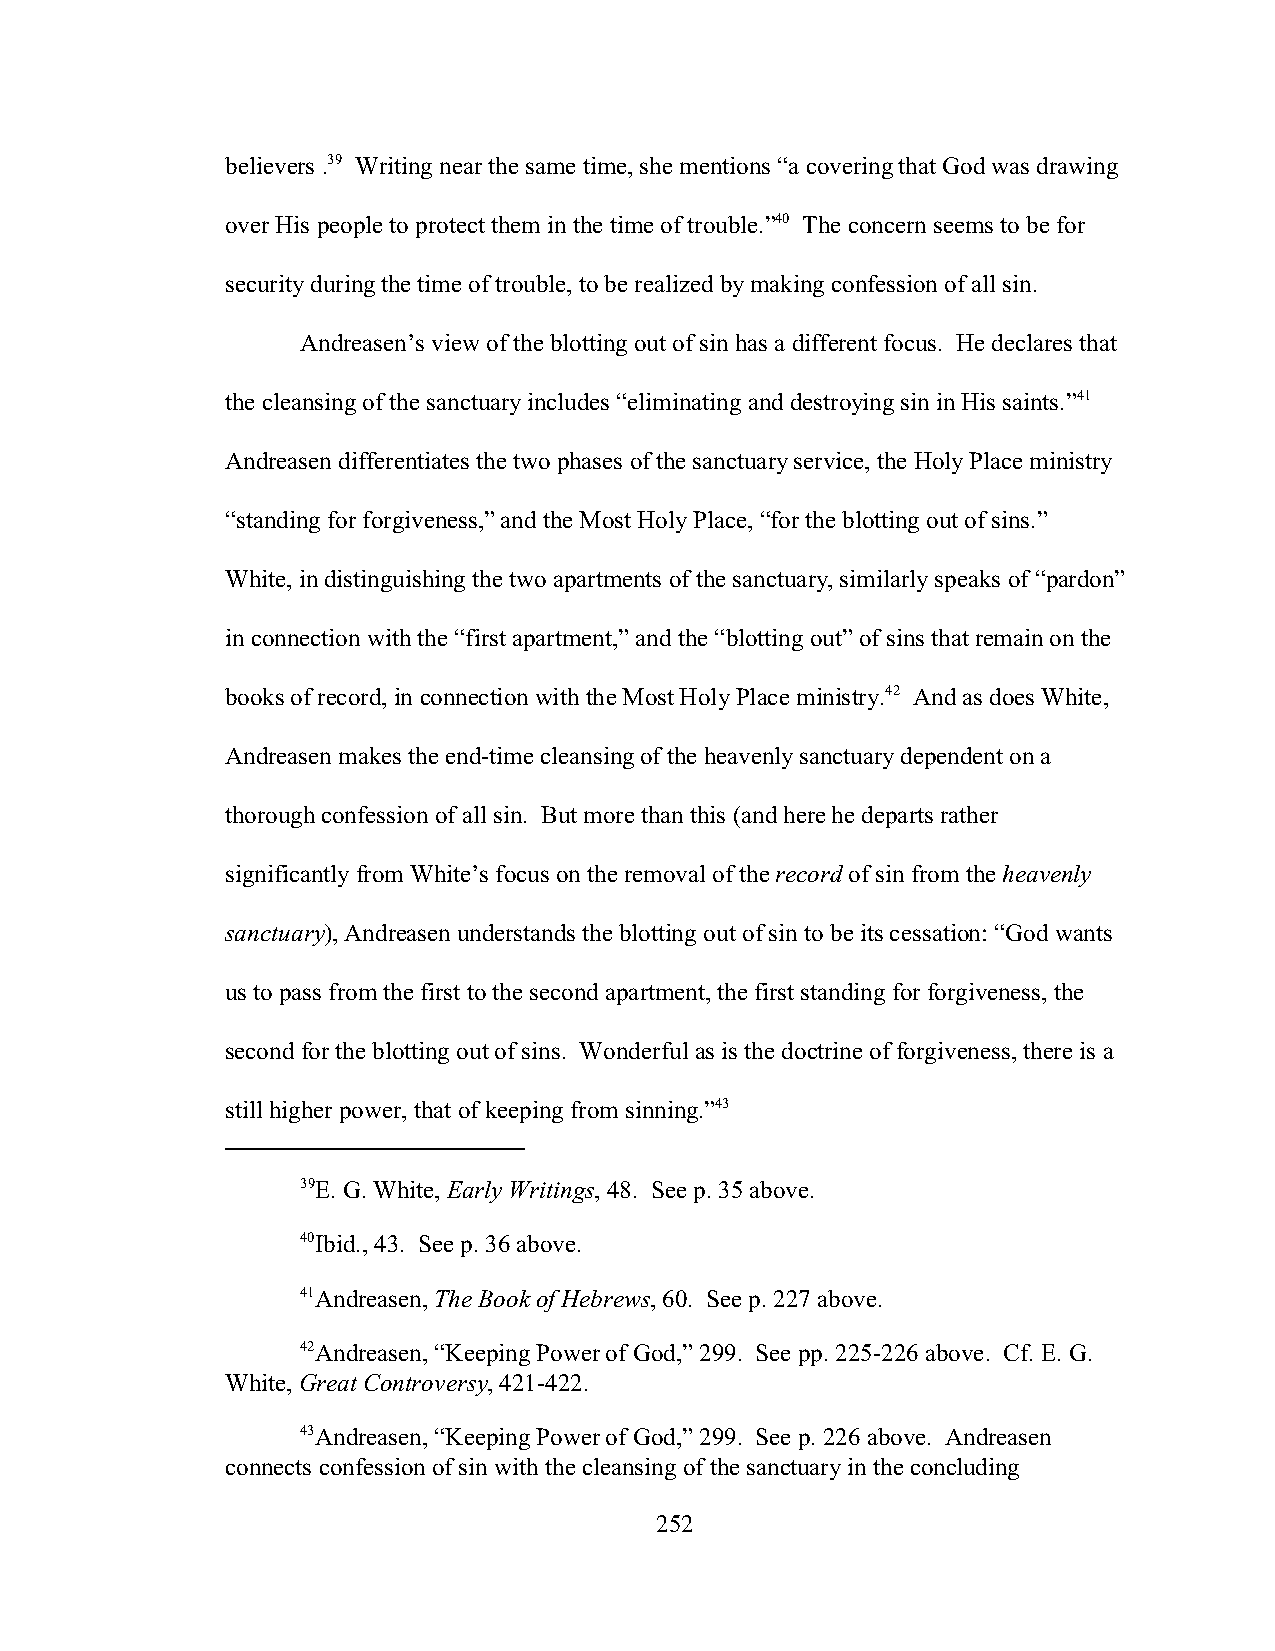
believers .39 Writing near the same time, she mentions “a covering that God was drawing
 over His people to protect them in the time of trouble.”40 The concern seems to be for
 security during the time of trouble, to be realized by making confession of all sin.
 Andreasen’s view of the blotting out of sin has a different focus. He declares that
 the cleansing of the sanctuary includes “eliminating and destroying sin in His saints.”41
 Andreasen differentiates the two phases of the sanctuary service, the Holy Place ministry
 “standing for forgiveness,” and the Most Holy Place, “for the blotting out of sins.”
 White, in distinguishing the two apartments of the sanctuary, similarly speaks of “pardon”
 in connection with the “first apartment,” and the “blotting out” of sins that remain on the
 books of record, in connection with the Most Holy Place ministry.42 And as does White,
 Andreasen makes the end-time cleansing of the heavenly sanctuary dependent on a
 thorough confession of all sin. But more than this (and here he departs rather
 significantly from White’s focus on the removal of the record of sin from the heavenly
 sanctuary), Andreasen understands the blotting out of sin to be its cessation: “God wants
 us to pass from the first to the second apartment, the first standing for forgiveness, the
 second for the blotting out of sins. Wonderful as is the doctrine of forgiveness, there is a
 still higher power, that of keeping from sinning.”43
 39E. G. White, Early Writings, 48. See p. 35 above.
 40Ibid., 43. See p. 36 above.
 41Andreasen, The Book of Hebrews, 60. See p. 227 above.
 42Andreasen, “Keeping Power of God,” 299. See pp. 225-226 above. Cf. E. G.
 White, Great Controversy, 421-422.
 43Andreasen, “Keeping Power of God,” 299. See p. 226 above. Andreasen
 connects confession of sin with the cleansing of the sanctuary in the concluding
 252